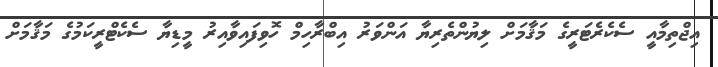
އިޖްތިމާއީ ސެކެރެޓަރީގެ މަޤާމަށް ލިޔުންތެރިޔާ އަންވަރު އިބްރާހިމް ހޮވިފައިވާއިރު މީޑިޔާ ސެކެޓްރީކަމުގެ މަޤާމަށް